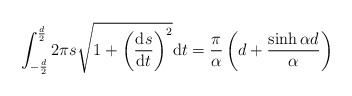
\begin{align*}\int_{-\frac{d}{2}}^{\frac{d}{2}}2\pi s\sqrt{1+\left(\frac{\mathrm{d}s}{\mathrm{d}t}\right)^2}\mathrm{d}t=\frac{\pi}{\alpha}\left(d+\frac{\sinh\alpha d}{\alpha}\right)\end{align*}